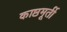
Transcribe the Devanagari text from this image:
काष्ठमूर्ती